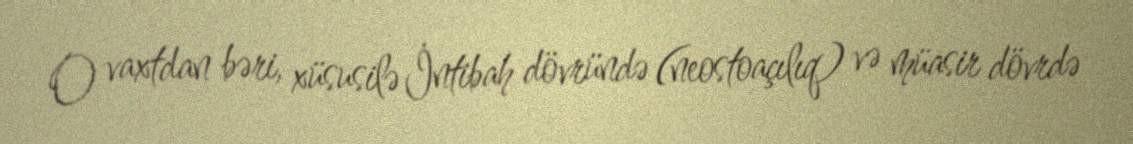
O vaxtdan bəri, xüsusilə İntibah dövründə (neostoaçılıq) və müasir dövrdə